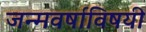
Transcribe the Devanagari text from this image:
जन्मवर्षाविषयी